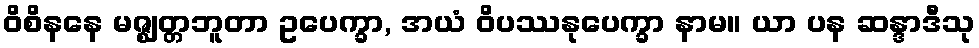
ဝိစိနနေ မဇ္ဈတ္တဘူတာ ဥပေက္ခာ, အယံ ဝိပဿနုပေက္ခာ နာမ။ ယာ ပန ဆန္ဒာဒီသု